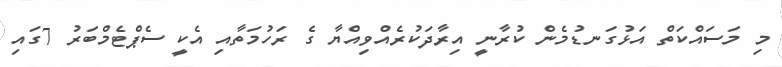
މި މަސައްކަތް އަޅުގަނޑުމެން ކުރާނީ އިރާދަކުރެއްވިއްޔާ ގެ ރަހުމަތާއި އެކީ ސެޕްޓެމްބަރު 7ގައި